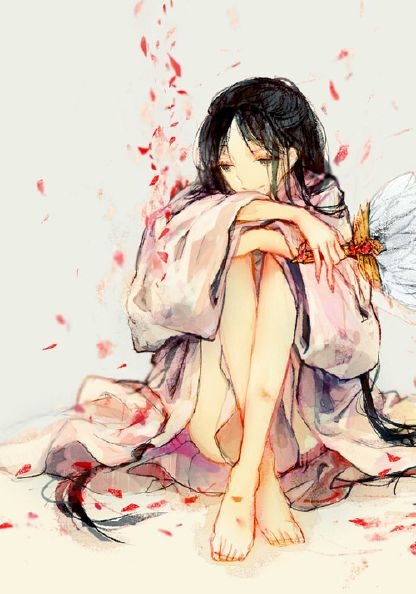
君安游兮西入秦，愿为影兮随君身。